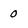
Character: 0